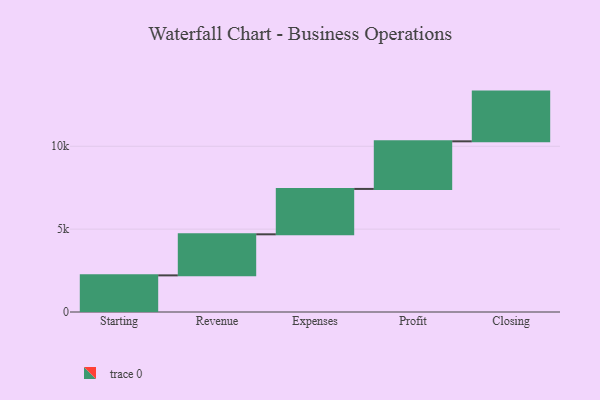
{"axis": {"x": "Step", "y": "Value"}, "legend": [""], "data": [{"x": "Starting", "y": 2210.0, "type": ""}, {"x": "Revenue", "y": 2478.0, "type": ""}, {"x": "Expenses", "y": 2738.0, "type": ""}, {"x": "Profit", "y": 2873.0, "type": ""}, {"x": "Closing", "y": 3000, "type": ""}]}